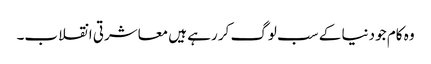
وہ کام جو دنیا کے سب لوگ کر رہے ہیں معاشرتی انقلاب۔